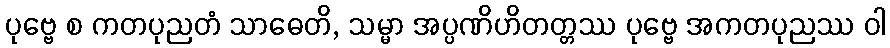
ပုဗ္ဗေ စ ကတပုညတံ သာဓေတိ, သမ္မာ အပ္ပဏိဟိတတ္တဿ ပုဗ္ဗေ အကတပုညဿ ဝါ